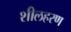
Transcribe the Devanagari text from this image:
शीलहरण